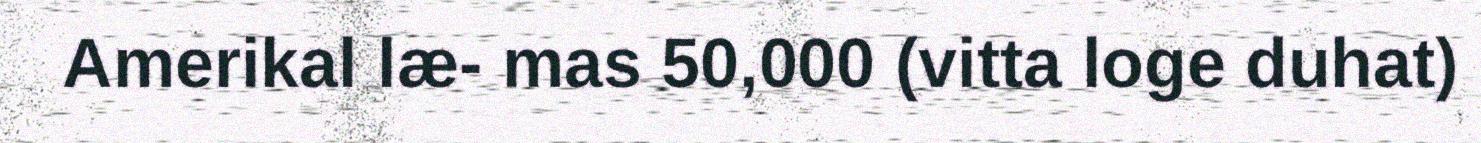
Amerikal læ- mas 50,000 (vitta loge duhat)